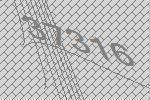
37316